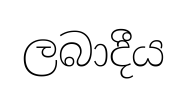
ලබාදීය